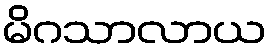
မိဂသာလာယ